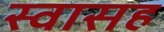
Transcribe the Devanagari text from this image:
स्‍वासह